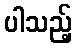
ပါသည့်